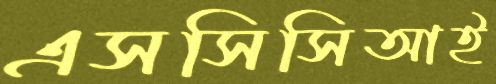
এসসিসিআই